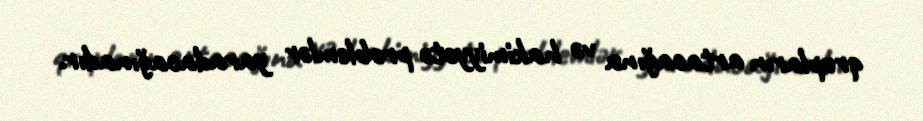
qrupların artacağına və hakimiyyətə problemlər yaradacağınadır.